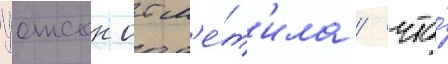
Уотсон отм'е́т'ила / что́